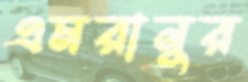
এমরানুর